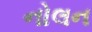
નોલન